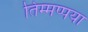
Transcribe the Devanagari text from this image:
तिम्मप्पया